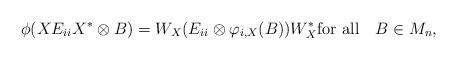
LaTeX: \begin{align*}\phi(XE_{ii}X^*\otimes B)=W_X(E_{ii}\otimes\varphi_{i,X} (B)){W}_X^*\hbox{for all\quad}B\in M_n,\end{align*}